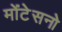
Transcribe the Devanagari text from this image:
मोंटेसनो